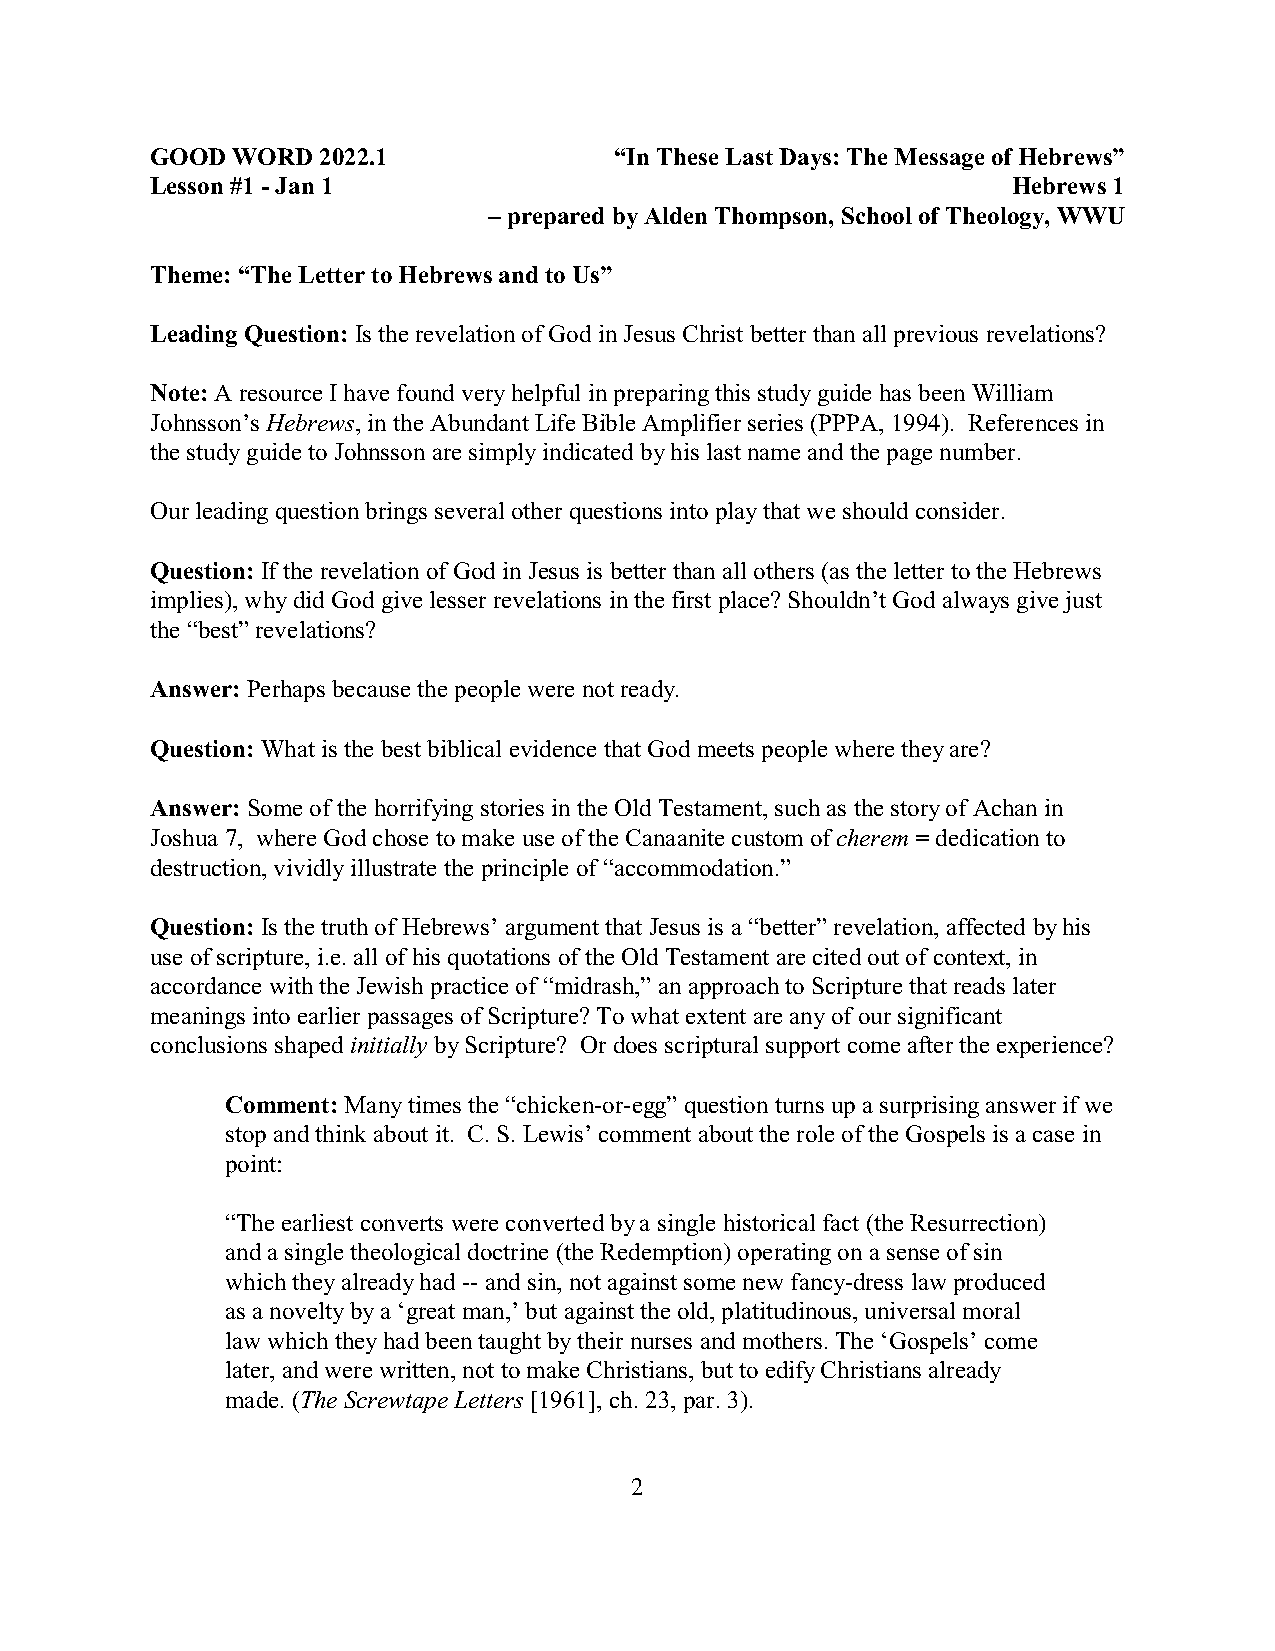
GOOD WORD  2022.1              “In These Last Days: The Message of Hebrews”
 Lesson #1 - Jan 1                                        Hebrews 1
 – prepared by Alden Thompson, School of Theology, WWU
 Theme: “The Letter to Hebrews and to Us”
 Leading Question: Is the revelation of God in Jesus Christ better than all previous revelations?
 Note: A resource I have found very helpful in preparing this study guide has been William
 Johnsson’s Hebrews, in the Abundant Life Bible Amplifier series (PPPA, 1994). References in
 the study guide to Johnsson are simply indicated by his last name and the page number.
 Our leading question brings several other questions into play that we should consider.
 Question: If the revelation of God in Jesus is better than all others (as the letter to the Hebrews
 implies), why did God give lesser revelations in the first place? Shouldn’t God always give just
 the “best” revelations?
 Answer: Perhaps because the people were not ready.
 Question: What is the best biblical evidence that God meets people where they are?
 Answer: Some of the horrifying stories in the Old Testament, such as the story of Achan in
 Joshua 7, where God chose to make use of the Canaanite custom of cherem = dedication to
 destruction, vividly illustrate the principle of “accommodation.”
 Question: Is the truth of Hebrews’ argument that Jesus is a “better” revelation, affected by his
 use of scripture, i.e. all of his quotations of the Old Testament are cited out of context, in
 accordance with the Jewish practice of “midrash,” an approach to Scripture that reads later
 meanings into earlier passages of Scripture? To what extent are any of our significant
 conclusions shaped initially by Scripture? Or does scriptural support come after the experience?
 Comment: Many times the “chicken-or-egg” question turns up a surprising answer if we
 stop and think about it. C. S. Lewis’ comment about the role of the Gospels is a case in
 point:
 “The earliest converts were converted by a single historical fact (the Resurrection)
 and a single theological doctrine (the Redemption) operating on a sense of sin
 which they already had -- and sin, not against some new fancy-dress law produced
 as a novelty by a ‘great man,’ but against the old, platitudinous, universal moral
 law which they had been taught by their nurses and mothers. The ‘Gospels’ come
 later, and were written, not to make Christians, but to edify Christians already
 made. (The Screwtape Letters [1961], ch. 23, par. 3).
 2